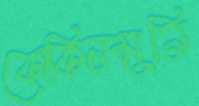
কোকিলমুনি